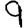
Digit: 9